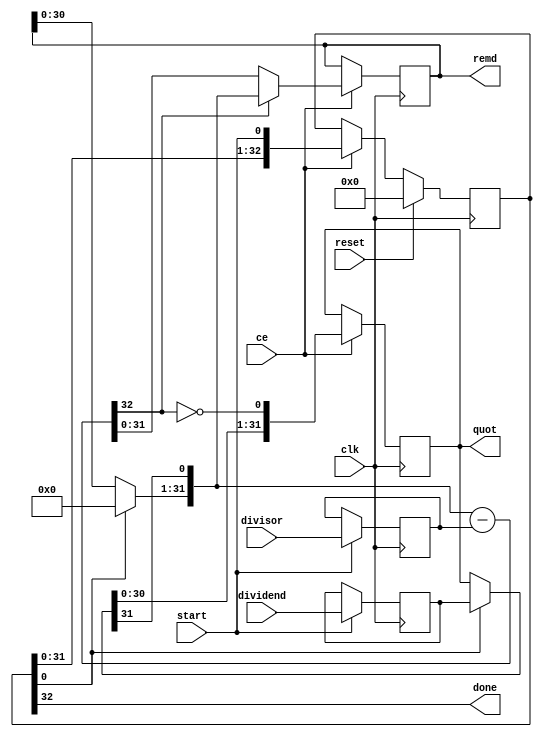
// ==============================================================
// Vitis HLS - High-Level Synthesis from C, C++ and OpenCL v2020.2 (64-bit)
// Copyright 1986-2020 Xilinx, Inc. All Rights Reserved.
// ==============================================================
`timescale 1 ns / 1 ps

module update_urem_32ns_17ns_16_36_seq_1_div_u
#(parameter
    in0_WIDTH = 32,
    in1_WIDTH = 32,
    out_WIDTH = 32
)
(
    input                       clk,
    input                       reset,
    input                       ce,
    input                       start,
    input       [in0_WIDTH-1:0] dividend,
    input       [in1_WIDTH-1:0] divisor,
    output wire                 done,
    output wire [out_WIDTH-1:0] quot,
    output wire [out_WIDTH-1:0] remd
);

localparam cal_WIDTH = (in0_WIDTH > in1_WIDTH)? in0_WIDTH : in1_WIDTH;

//------------------------Local signal-------------------
reg     [in0_WIDTH-1:0] dividend0;
reg     [in1_WIDTH-1:0] divisor0;
reg     [in0_WIDTH-1:0] dividend_tmp;
reg     [in0_WIDTH-1:0] remd_tmp;
wire    [in0_WIDTH-1:0] dividend_tmp_mux;
wire    [in0_WIDTH-1:0] remd_tmp_mux;
wire    [in0_WIDTH-1:0] comb_tmp;
wire    [cal_WIDTH:0]   cal_tmp;

//------------------------Body---------------------------
assign  quot   = dividend_tmp;
assign  remd   = remd_tmp;

// dividend0, divisor0
always @(posedge clk)
begin
    if (start) begin
        dividend0 <= dividend;
        divisor0  <= divisor;
    end
end

// One-Hot Register
// r_stage[0]=1:accept input; r_stage[in0_WIDTH]=1:done
reg     [in0_WIDTH:0]     r_stage;
assign done = r_stage[in0_WIDTH];
always @(posedge clk)
begin
    if (reset == 1'b1)
        r_stage[in0_WIDTH:0] <= {in0_WIDTH{1'b0}};
    else if (ce)
        r_stage[in0_WIDTH:0] <= {r_stage[in0_WIDTH-1:0], start};
end

// MUXs
assign  dividend_tmp_mux = r_stage[0]? dividend0 : dividend_tmp;
assign  remd_tmp_mux     = r_stage[0]? {in0_WIDTH{1'b0}} : remd_tmp;

if (in0_WIDTH == 1) assign comb_tmp = dividend_tmp_mux[0];
else                assign comb_tmp = {remd_tmp_mux[in0_WIDTH-2:0], dividend_tmp_mux[in0_WIDTH-1]};

assign  cal_tmp  = {1'b0, comb_tmp} - {1'b0, divisor0};

always @(posedge clk)
begin
    if (ce) begin
        if (in0_WIDTH == 1) dividend_tmp <= ~cal_tmp[cal_WIDTH];
        else           dividend_tmp <= {dividend_tmp_mux[in0_WIDTH-2:0], ~cal_tmp[cal_WIDTH]};
        remd_tmp     <= cal_tmp[cal_WIDTH]? comb_tmp : cal_tmp[in0_WIDTH-1:0];
    end
end

endmodule

module update_urem_32ns_17ns_16_36_seq_1_div
#(parameter
        in0_WIDTH   = 32,
        in1_WIDTH   = 32,
        out_WIDTH   = 32
)
(
        input                           clk,
        input                           reset,
        input                           ce,
        input                           start,
        output  reg                     done,
        input           [in0_WIDTH-1:0] dividend,
        input           [in1_WIDTH-1:0] divisor,
        output  reg     [out_WIDTH-1:0] quot,
        output  reg     [out_WIDTH-1:0] remd
);
//------------------------Local signal-------------------
reg                       start0 = 'b0;
wire                      done0;
reg     [in0_WIDTH-1:0] dividend0;
reg     [in1_WIDTH-1:0] divisor0;
wire    [in0_WIDTH-1:0] dividend_u;
wire    [in1_WIDTH-1:0] divisor_u;
wire    [out_WIDTH-1:0] quot_u;
wire    [out_WIDTH-1:0] remd_u;
//------------------------Instantiation------------------
update_urem_32ns_17ns_16_36_seq_1_div_u #(
    .in0_WIDTH      ( in0_WIDTH ),
    .in1_WIDTH      ( in1_WIDTH ),
    .out_WIDTH      ( out_WIDTH )
) update_urem_32ns_17ns_16_36_seq_1_div_u_0 (
    .clk      ( clk ),
    .reset    ( reset ),
    .ce       ( ce ),
    .start    ( start0 ),
    .done     ( done0 ),
    .dividend ( dividend_u ),
    .divisor  ( divisor_u ),
    .quot     ( quot_u ),
    .remd     ( remd_u )
);
//------------------------Body---------------------------
assign dividend_u = dividend0;
assign divisor_u = divisor0;

always @(posedge clk)
begin
    if (ce) begin
        dividend0 <= dividend;
        divisor0  <= divisor;
        start0    <= start;
    end
end

always @(posedge clk)
begin
    done <= done0;
end

always @(posedge clk)
begin
    if (done0) begin
        quot <= quot_u;
        remd <= remd_u;
    end
end

endmodule


`timescale 1 ns / 1 ps
module update_urem_32ns_17ns_16_36_seq_1(
    clk,
    reset,
    ce,
    start,
    done,
    din0,
    din1,
    dout);

parameter ID = 32'd1;
parameter NUM_STAGE = 32'd1;
parameter din0_WIDTH = 32'd1;
parameter din1_WIDTH = 32'd1;
parameter dout_WIDTH = 32'd1;
input clk;
input reset;
input ce;
input start;
output done;
input[din0_WIDTH - 1:0] din0;
input[din1_WIDTH - 1:0] din1;
output[dout_WIDTH - 1:0] dout;

wire[dout_WIDTH - 1:0] sig_quot;


update_urem_32ns_17ns_16_36_seq_1_div #(
.in0_WIDTH( din0_WIDTH ),
.in1_WIDTH( din1_WIDTH ),
.out_WIDTH( dout_WIDTH ))
update_urem_32ns_17ns_16_36_seq_1_div_U(
    .dividend( din0 ),
    .divisor( din1 ),
    .remd( dout ),
    .quot( sig_quot ),
    .clk( clk ),
    .ce( ce ),
    .reset( reset ),
    .start( start ),
    .done( done ));

endmodule